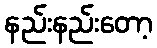
နည်းနည်းတော့